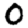
Digit: 0